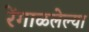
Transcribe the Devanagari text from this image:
रेंगाळलेल्या